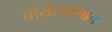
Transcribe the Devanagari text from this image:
चौर्यलक्षणाम्